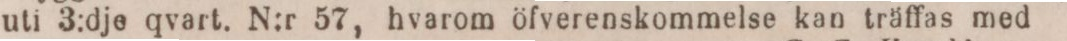
uti 3:dje qvart. N:r 57, hvarom öfverenskommelse kan träffas med